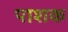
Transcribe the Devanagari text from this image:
पाशक